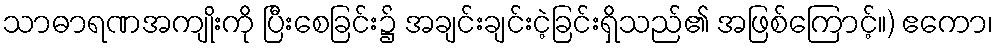
သာဓာရဏအကျိုးကို ပြီးစေခြင်း၌ အချင်းချင်းငဲ့ခြင်းရှိသည်၏ အဖြစ်ကြောင့်။) ဧကော၊